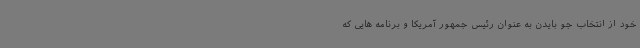
خود از انتخاب جو بایدن به عنوان رئیس جمهور آمریکا و برنامه هایی که